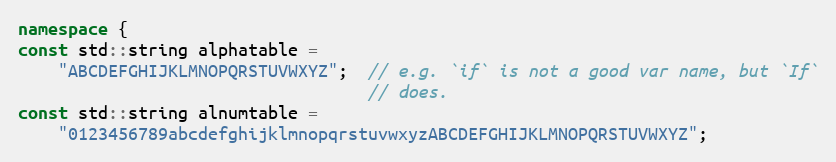
Language: C++
namespace {
const std::string alphatable =
    "ABCDEFGHIJKLMNOPQRSTUVWXYZ";  // e.g. `if` is not a good var name, but `If`
                                   // does.
const std::string alnumtable =
    "0123456789abcdefghijklmnopqrstuvwxyzABCDEFGHIJKLMNOPQRSTUVWXYZ";